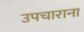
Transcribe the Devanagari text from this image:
उपचाराना